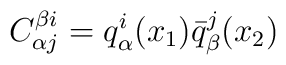
C_{\alpha j}^{\beta i} = q_{\alpha}^{i} (x_{1}) \bar{q}_{\beta}^{j} (x_{2})